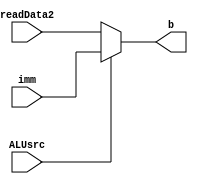
`timescale 1ns / 1ps

module mux_ALUsrc(
	input [31:0] readData2,
	input [31:0] imm,
	input [0:0] ALUsrc,
	output [31:0] b
    );
	 
	assign b = ALUsrc ? imm : readData2 ;

endmodule